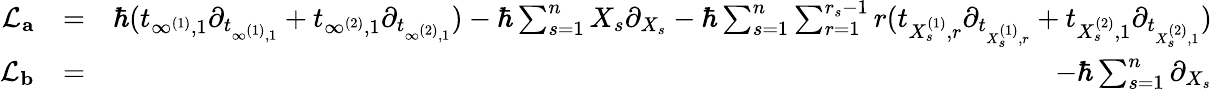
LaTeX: \begin{array}{rlr}{\mathcal{L}_{\mathbf{a}}}&{=}&{\hbar(t_{\infty^{(1)},1}\partial_{t_{\infty^{(1)},1}}+t_{\infty^{(2)},1}\partial_{t_{\infty^{(2)},1}})-\hbar\sum_{s=1}^{n}X_{s}\partial_{X_{s}}-\hbar\sum_{s=1}^{n}\sum_{r=1}^{r_{s}-1}r(t_{X_{s}^{(1)},r}\partial_{t_{X_{s}^{(1)},r}}+t_{X_{s}^{(2)},1}\partial_{t_{X_{s}^{(2)},1}})}\\ {\mathcal{L}_{\mathbf{b}}}&{=}&{-\hbar\sum_{s=1}^{n}\partial_{X_{s}}}\end{array}